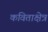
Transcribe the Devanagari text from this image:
कविताक्षेत्र